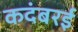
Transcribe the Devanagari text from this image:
कदंबरई